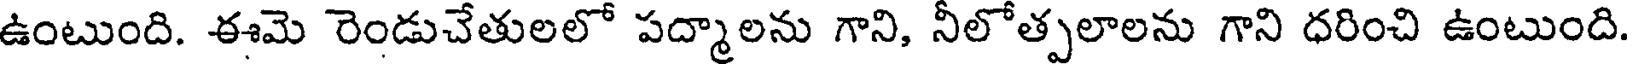
ఉంటుంది. ఈమె రెండుచేతులలో పద్మాలను గాని, నీలోత్పలాలను గాని ధరించి ఉంటుంది